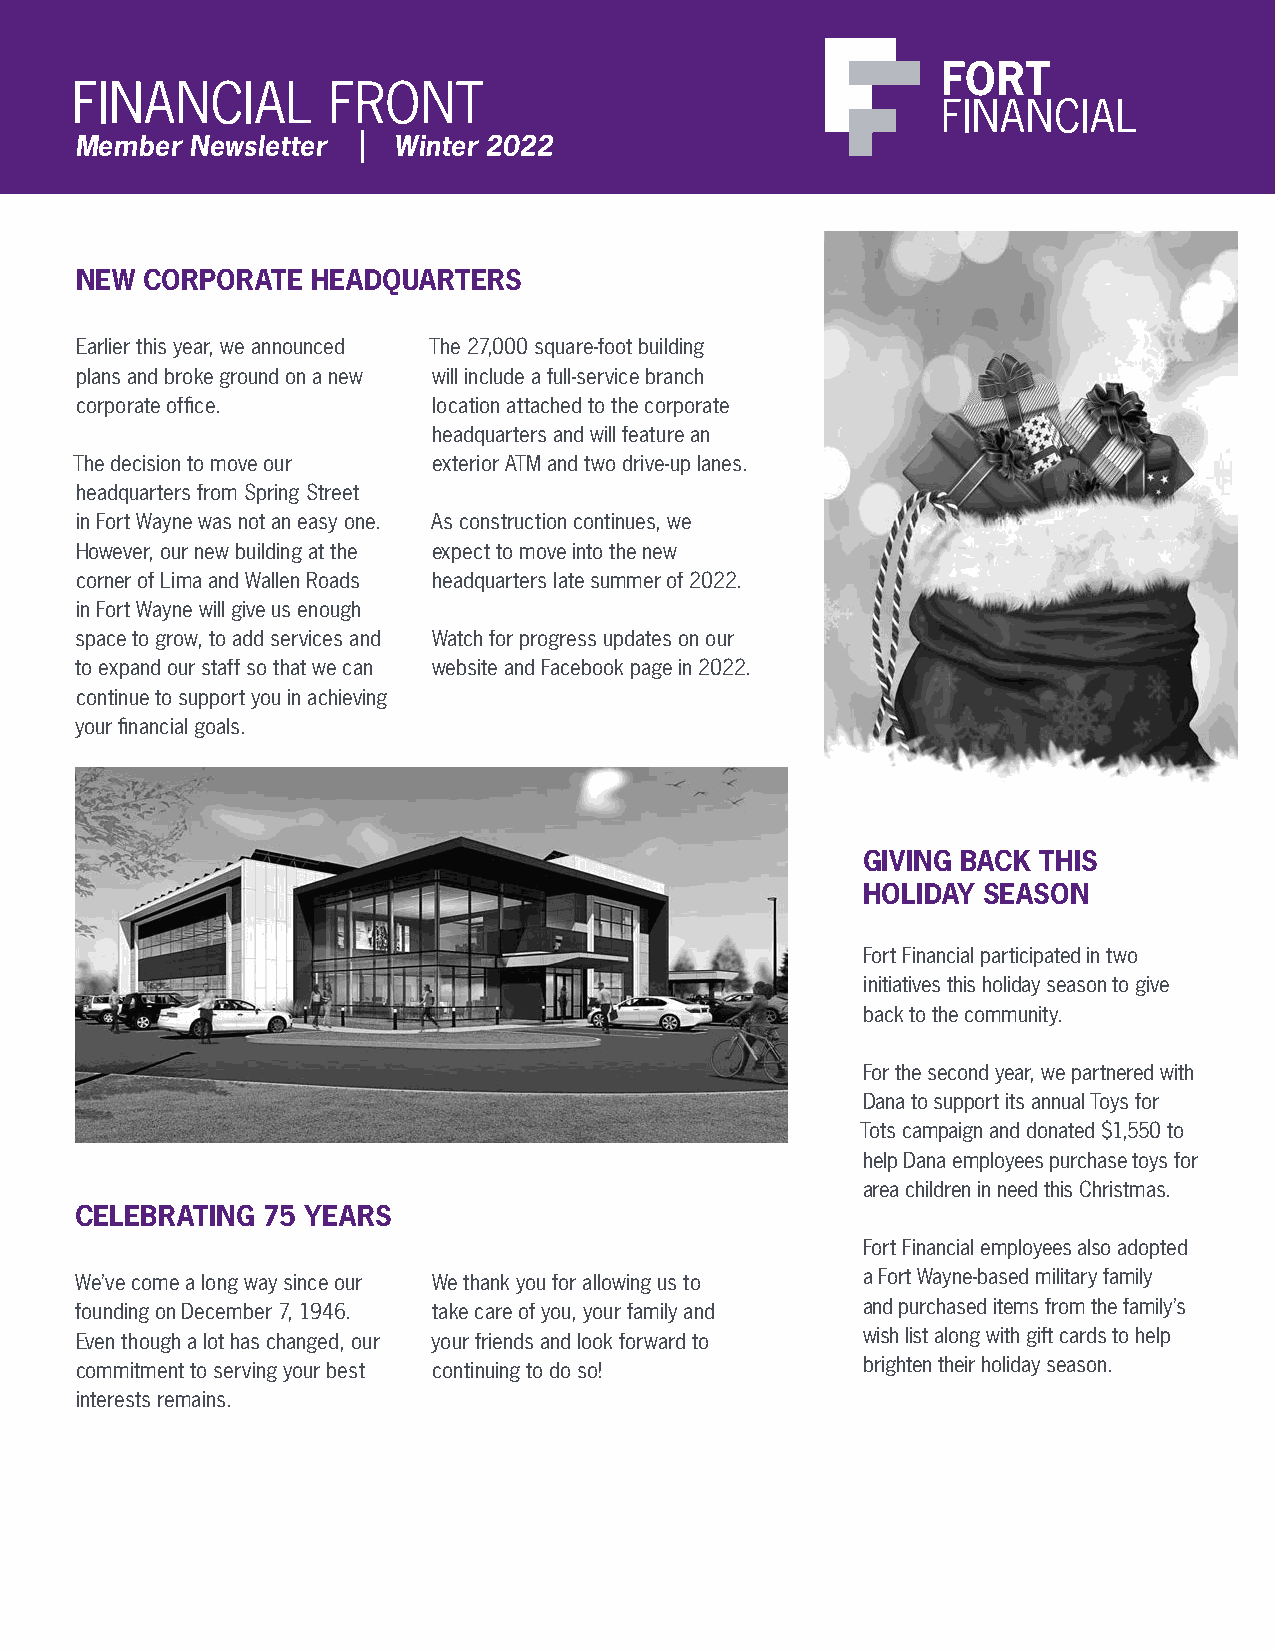
FINANCIAL        FRONT
 Member  Newsletter | Winter 2022
 NEW  CORPORATE  HEADQUARTERS
 Earlier this year, we announced The 27,000 square-foot building
 plans and broke ground on a new will include a full-service branch
 corporate office.       location attached to the corporate
 headquarters and will feature an
 The decision to move our exterior ATM and two drive-up lanes.
 headquarters from Spring Street
 in Fort Wayne was not an easy one. As construction continues, we
 However, our new building at the expect to move into the new
 corner of Lima and Wallen Roads headquarters late summer of 2022.
 in Fort Wayne will give us enough
 space to grow, to add services and Watch for progress updates on our
 to expand our staff so that we can website and Facebook page in 2022.
 continue to support you in achieving
 your financial goals.
 GIVING BACK THIS
 HOLIDAY SEASON
 Fort Financial participated in two
 initiatives this holiday season to give
 back to the community.
 For the second year, we partnered with
 Dana to support its annual Toys for
 Tots campaign and donated $1,550 to
 help Dana employees purchase toys for
 area children in need this Christmas.
 CELEBRATING 75 YEARS
 Fort Financial employees also adopted
 We’ve come a long way since our We thank you for allowing us to a Fort Wayne-based military family
 founding on December 7, 1946. take care of you, your family and and purchased items from the family’s
 Even though a lot has changed, our your friends and look forward to wish list along with gift cards to help
 commitment to serving your best continuing to do so! brighten their holiday season.
 interests remains.